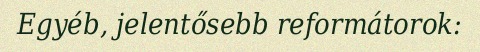
Egyéb, jelentősebb reformátorok: